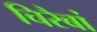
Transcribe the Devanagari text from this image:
चिरैबां